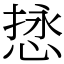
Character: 𫺖